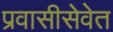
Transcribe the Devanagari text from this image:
प्रवासीसेवेत